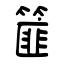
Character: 篚